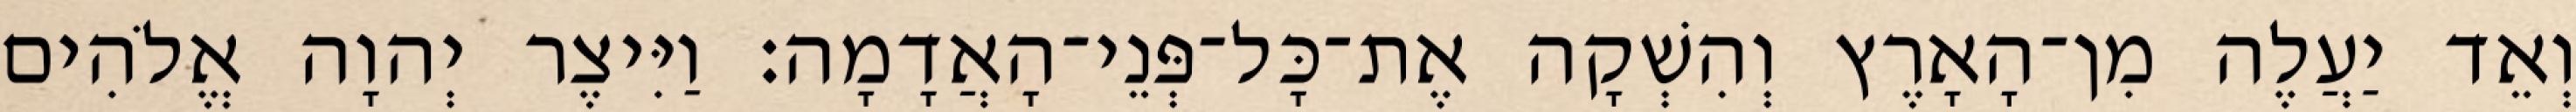
וְאֵד יַעֲלֶה מִן־הָאָרֶץ וְהִשְׁקָה אֶת־כָּל־פְּנֵי־הָאֲדָמָה׃ וַיִּיצֶר יְהוָה אֱלֹהִים